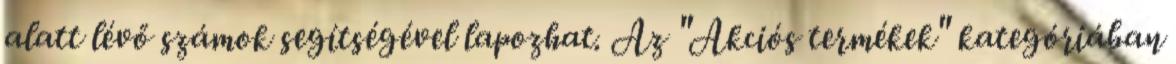
alatt lévő számok segítségével lapozhat. Az "Akciós termékek" kategóriában